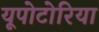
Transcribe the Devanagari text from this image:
यूपोटोरिया